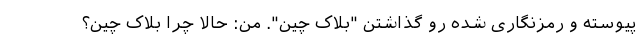
پیوسته و رمزنگاری شده رو گذاشتن "بلاک چین". من: حالا چرا بلاک چین؟